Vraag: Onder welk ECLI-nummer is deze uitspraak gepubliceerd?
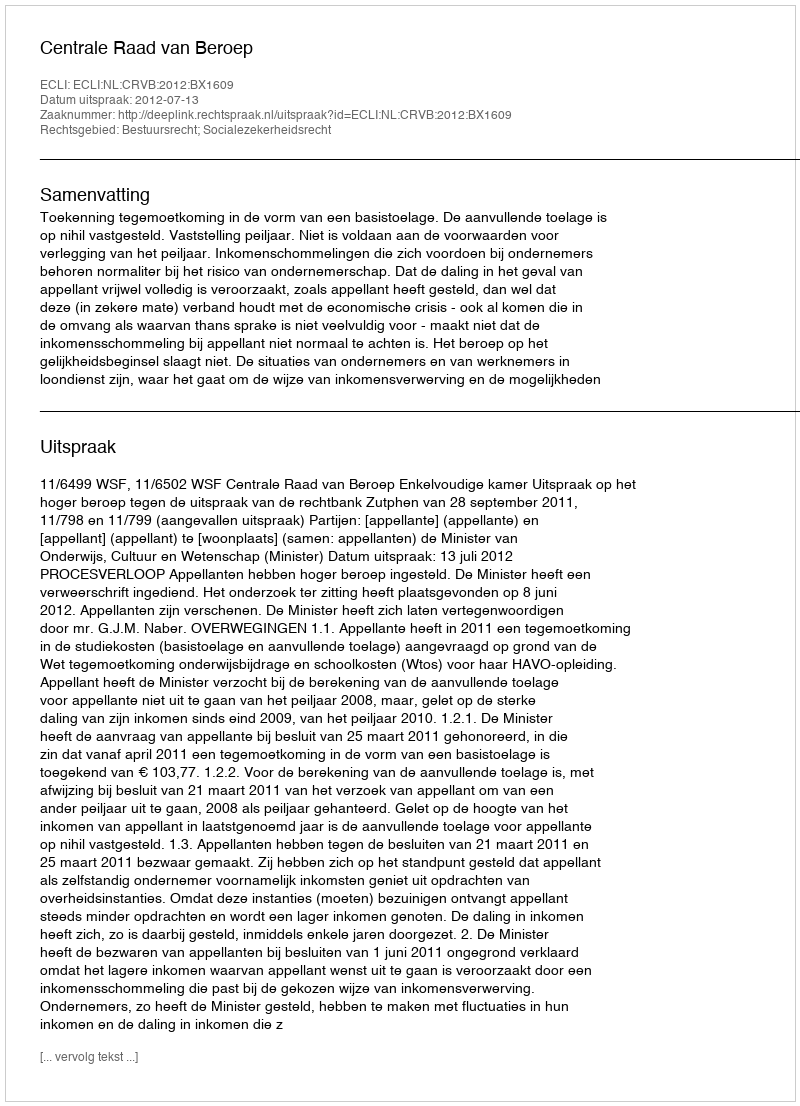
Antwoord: ECLI:NL:CRVB:2012:BX1609